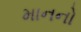
માનનો